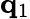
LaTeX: \mathbf{q}_{1}